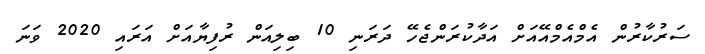
ސަރުކާރުން އެމްއެމްއޭއަށް އަދާކުރަންޖެހޭ ދަރަނި 10 ބިލިއަން ރުފިޔާއަށް އަރައި 2020 ވަނަ